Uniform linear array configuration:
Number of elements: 32
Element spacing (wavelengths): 0.25
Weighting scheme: exponential
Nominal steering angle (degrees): -15
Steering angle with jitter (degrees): -14.949
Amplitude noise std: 0.05
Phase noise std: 0.05

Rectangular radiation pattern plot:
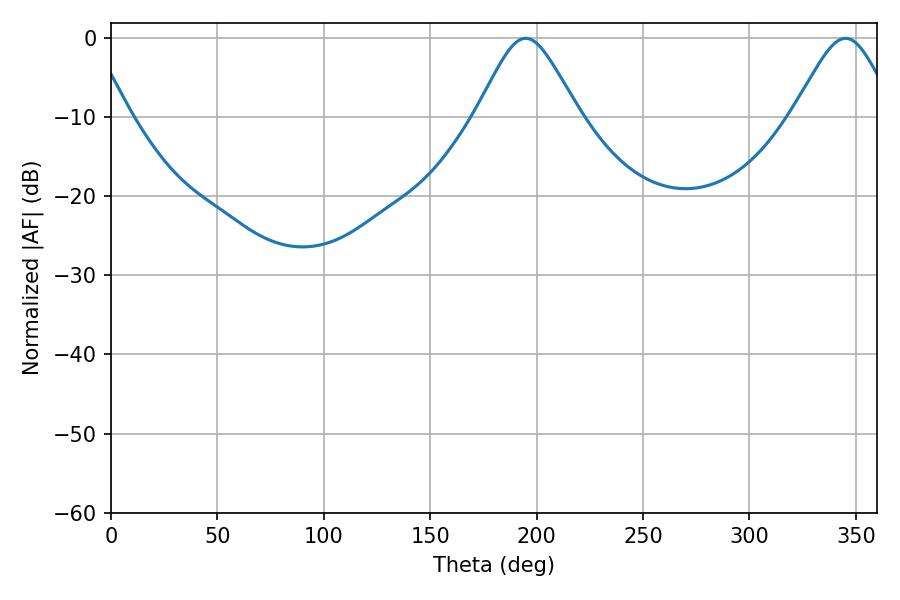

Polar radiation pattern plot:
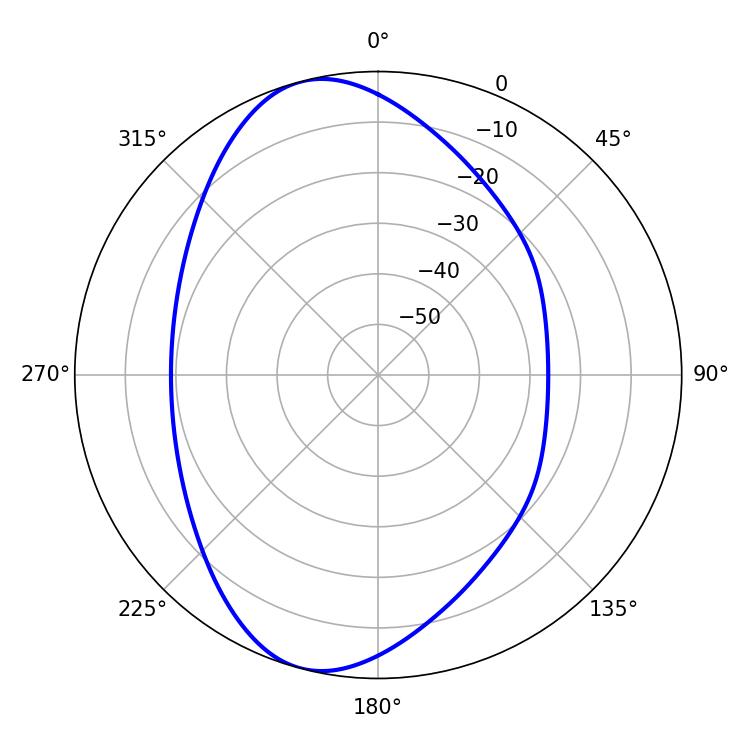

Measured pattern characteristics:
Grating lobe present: FALSE
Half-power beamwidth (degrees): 23.58
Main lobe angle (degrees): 194.76